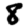
Digit: 8